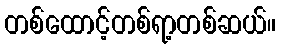
တစ်ထောင့်တစ်ရာ့တစ်ဆယ်။